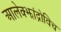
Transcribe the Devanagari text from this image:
आलेक्झांद्रोविच